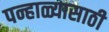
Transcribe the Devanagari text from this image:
पन्हाळ्यासाठी